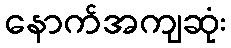
နောက်အကျဆုံး